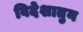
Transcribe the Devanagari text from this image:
विदेशातुन